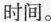
时间。